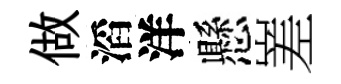
做滔洋懸嵳